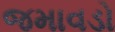
જમાવડો